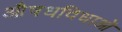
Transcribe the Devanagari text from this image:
औषधविधाओं